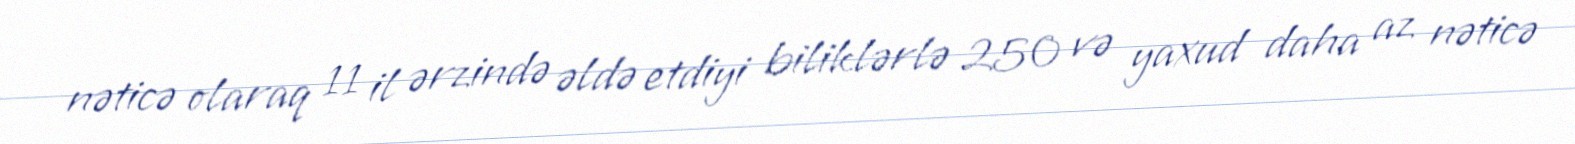
nəticə olaraq 11 il ərzində əldə etdiyi biliklərlə 250 və yaxud daha az nəticə